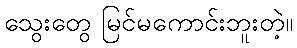
သွေးတွေ မြင်မကောင်းဘူးတဲ့။